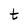
Character: t